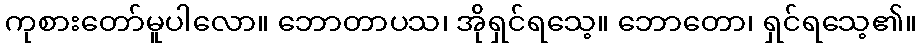
ကုစားတော်မူပါလော။ ဘောတာပသ၊ အိုရှင်ရသေ့။ ဘောတော၊ ရှင်ရသေ့၏။